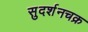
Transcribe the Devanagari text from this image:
सुदर्शनचक्र